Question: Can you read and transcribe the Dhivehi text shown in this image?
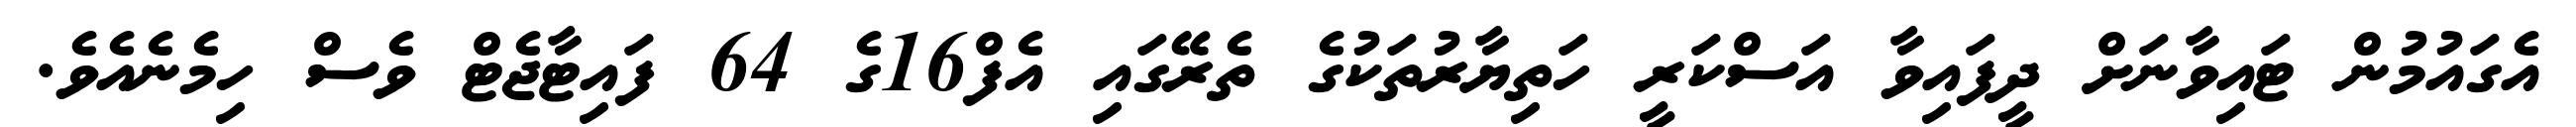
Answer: އެގައުމުން ޓައިވާނަށް ދީފައިވާ އަސްކަރީ ހަތިޔާރުތަކުގެ ތެރޭގައި އެފް16ގެ 64 ފައިޓާޖެޓް ވެސް ހިމެނެއެވެ.